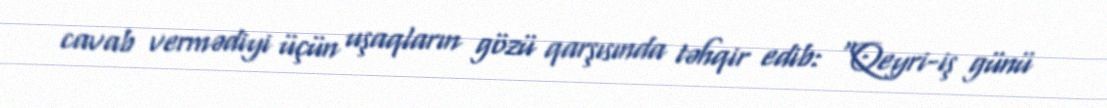
cavab vermədiyi üçün uşaqların gözü qarşısında təhqir edib: “Qeyri-iş günü